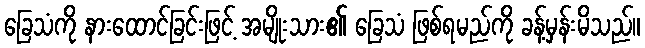
ခြေသံကို နားထောင်ခြင်းဖြင့် အမျိုးသား၏ ခြေသံ ဖြစ်ရမည်ကို ခန့်မှန်းမိသည်။